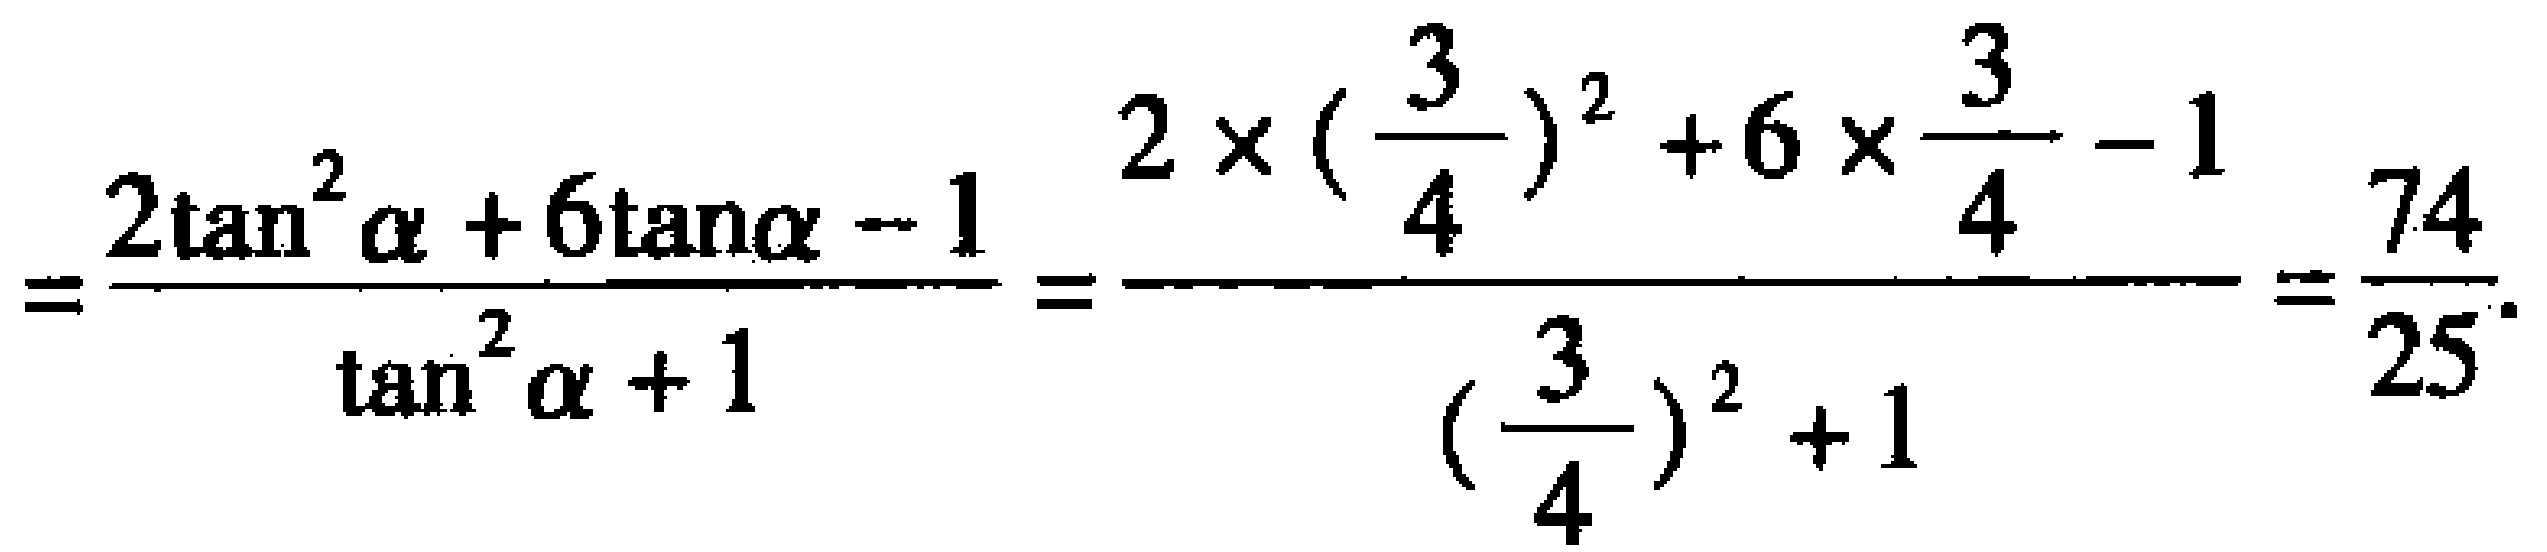
\[=\frac{2\tan^{2}\alpha + 6\tan\alpha - 1}{\tan^{2}\alpha + 1}=\frac{2\times(\frac{3}{4})^{2}+6\times\frac{3}{4}-1}{(\frac{3}{4})^{2}+1}=\frac{74}{25}.\]